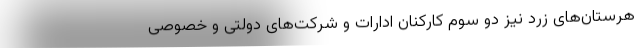
هرستان‌های زرد نیز دو سوم کارکنان ادارات و شرکت‌های دولتی و خصوصی